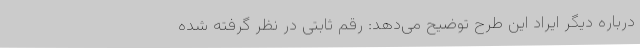
درباره دیگر ایراد این طرح توضیح می‌دهد: رقم ثابتی در نظر گرفته شده